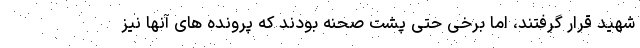
شهید قرار گرفتند، اما برخی حتی پشت صحنه بودند که پرونده های آنها نیز